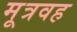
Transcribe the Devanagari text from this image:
मूत्रवह